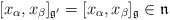
\begin{align*}[x_\alpha,x_\beta]_{\frak g'}=[x_\alpha,x_\beta]_{\frak g}\in\frak n\end{align*}